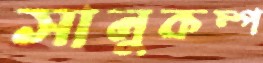
সানুকম্প